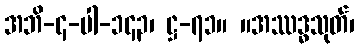
အဘိ-၄-ပါ-၁၄၃၊ ဋ္ဌ-၇၁။ ။အဿဒ္ဓသုတ်၊